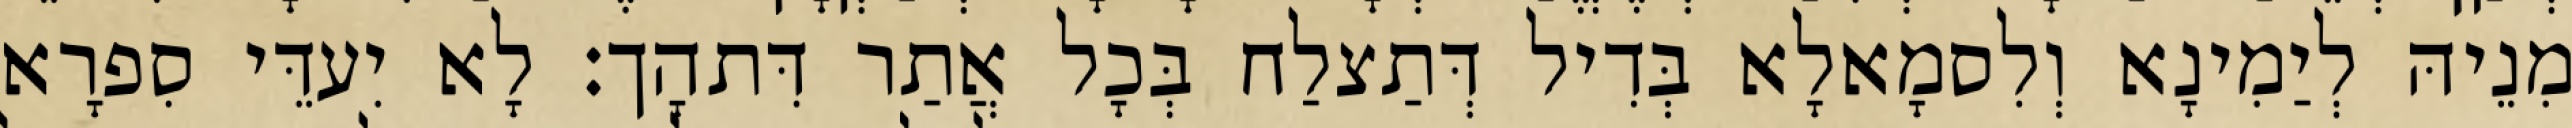
מִנֵיהּ לְיַמִינָא וְלִסמָאלָא בְּדִיל דְּתַצלַח בְּכָל אֲתַר דִּתהָך׃ לָא יִעדֵּי סִפרָא